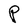
Character: P